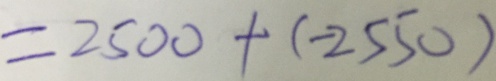
= 2 5 0 0 + ( - 2 5 5 0 )